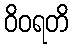
ဝိဝရတိ